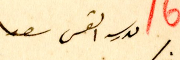
مدرسة القس سعد